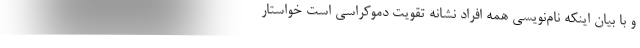
و با بیان اینکه نام‌نویسی همه افراد نشانه تقویت دموکراسی است خواستار